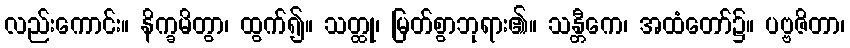
လည်းကောင်း။ နိက္ခမိတွာ၊ ထွက်၍။ သတ္ထု၊ မြတ်စွာဘုရား၏။ သန္တီကေ၊ အထံတော်၌။ ပဗ္ဗဇိတာ၊